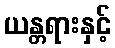
ယန္တရားနှင့်